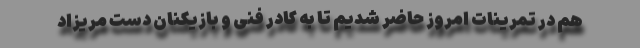
هم در تمرینات امروز حاضر شدیم تا به کادر فنی و بازیکنان دست مریزاد